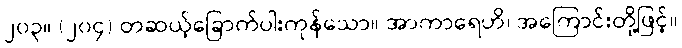
၂၀၃။ (၂၀၄) တဆယ့်ခြောက်ပါးကုန်သော။ အာကာရေဟိ၊ အကြောင်းတို့ဖြင့်။